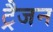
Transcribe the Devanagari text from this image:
ट्रैजन